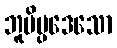
ဘူမိပ္ပဒေသော